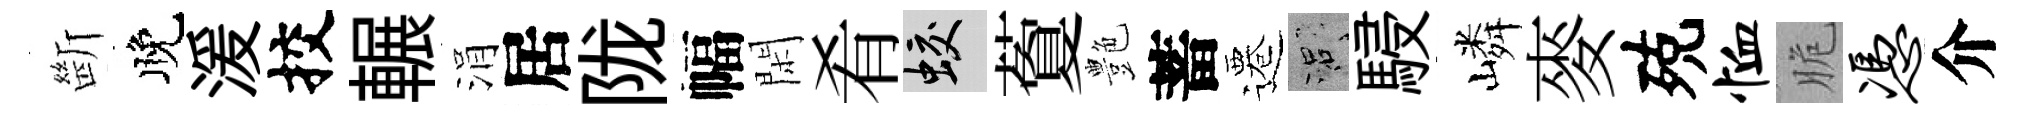
㫁晚湲挍輾涓居陇幅閑肴蛟藑艶蓄遷口駸嶙麥殑恤脆凭介